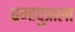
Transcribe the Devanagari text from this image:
ब्रम्हपुत्राला